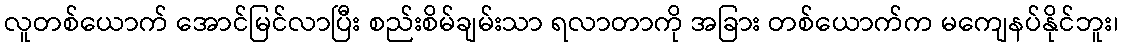
လူတစ်ယောက် အောင်မြင်လာပြီး စည်းစိမ်ချမ်းသာ ရလာတာကို အခြား တစ်ယောက်က မကျေနပ်နိုင်ဘူး၊